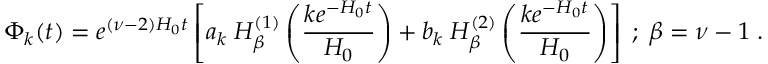
\Phi _ { k } ( t ) = e ^ { ( \nu - 2 ) H _ { 0 } t } \left[ a _ { k } \; H _ { \beta } ^ { ( 1 ) } \left( \frac { k e ^ { - H _ { 0 } t } } { H _ { 0 } } \right) + b _ { k } \; H _ { \beta } ^ { ( 2 ) } \left( \frac { k e ^ { - H _ { 0 } t } } { H _ { 0 } } \right) \right] \; ; \; \beta = \nu - 1 \; .